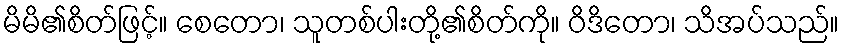
မိမိ၏စိတ်ဖြင့်။ စေတော၊ သူတစ်ပါးတို့၏စိတ်ကို။ ဝိဒိတော၊ သိအပ်သည်။